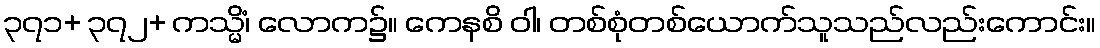
၃၇၁+ ၃၇၂+ ကသ္မိံ၊ လောက၌။ ကေနစိ ဝါ၊ တစ်စုံတစ်ယောက်သူသည်လည်းကောင်း။